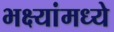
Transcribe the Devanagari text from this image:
भक्ष्यांमध्ये